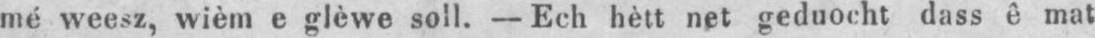
mé weesz, wièm e glèwe soll. - Ech hètt net geduocht dass ê mat